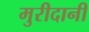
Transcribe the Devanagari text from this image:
मुरीदानी